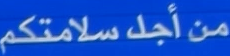
من أجل سلامتكم